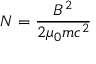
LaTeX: N = { \frac { B ^ { 2 } } { 2 \mu _ { 0 } m c ^ { 2 } } }